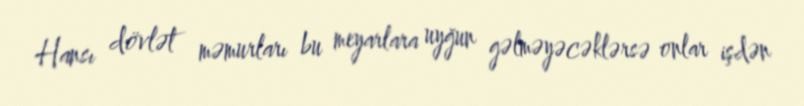
Hansı dövlət məmurları bu meyarlara uyğun gəlməyəcəklərsə onlar işdən